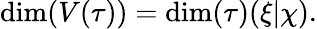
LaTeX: \dim(V(\tau))=\dim(\tau)(\xi|\chi).